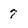
Character: 7